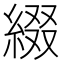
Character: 綴